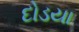
દોડયા